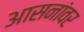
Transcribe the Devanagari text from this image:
आसनांवर